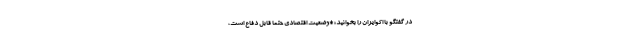
در گفتگو با اکوایران را بخوانید؛ *وضعیت اقتصادی حتما قابل دفاع است،